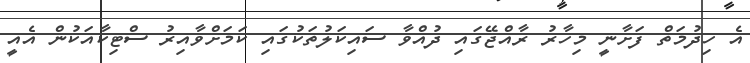
އެ ހިދުމަތް ފަށާނީ މިހާރު ރާއްޖޭގައި ދުއްވާ ސައިކަލުތަކުގައި ކަމަށްވާއިރު ސްޓިކާއަކުން އެއީ